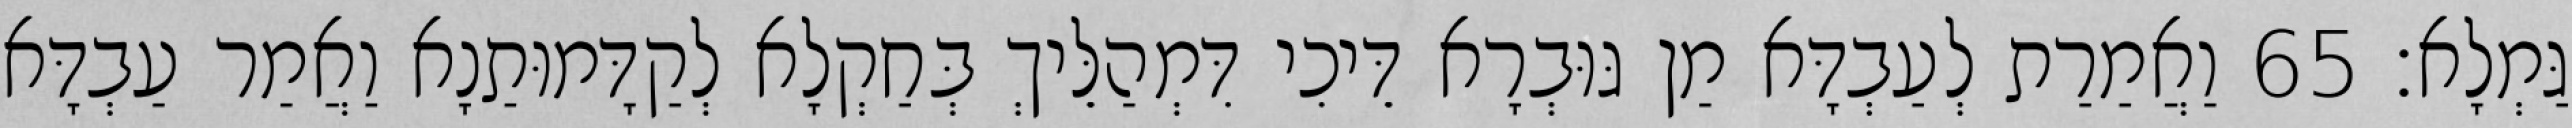
גַּמְלָא׃ 65 וַאֲמַרַת לְעַבְדָּא מַן גּוּבְרָא דֵּיכִי דִּמְהַלֵּיךְ בְּחַקְלָא לְקַדָּמוּתַנָא וַאֲמַר עַבְדָּא